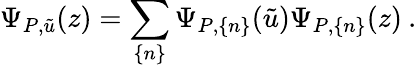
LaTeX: \Psi_{P,\tilde{u}}(z)=\sum_{\{ n\} }\Psi_{P,\{ n\} }(\tilde{u})\Psi_{P,\{ n\} }(z)\: .